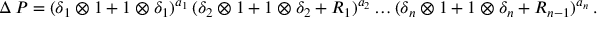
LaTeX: \Delta \, P = ( \delta _ { 1 } \otimes 1 + 1 \otimes \delta _ { 1 } ) ^ { a _ { 1 } } \, ( \delta _ { 2 } \otimes 1 + 1 \otimes \delta _ { 2 } + R _ { 1 } ) ^ { a _ { 2 } } \ldots ( \delta _ { n } \otimes 1 + 1 \otimes \delta _ { n } + R _ { n - 1 } ) ^ { a _ { n } } \, .